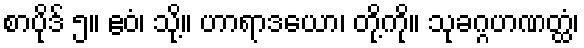
စာပိုဒ် ၅။ ဧဝံ၊ သို့။ ဟာရာဒယော၊ တို့ကို။ သုခဂ္ဂဟဏတ္ထံ၊